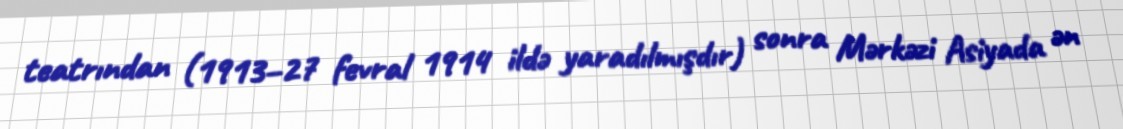
teatrından (1913–27 fevral 1914 ildə yaradılmışdır) sonra Mərkəzi Asiyada ən